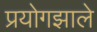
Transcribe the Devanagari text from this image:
प्रयोगझाले